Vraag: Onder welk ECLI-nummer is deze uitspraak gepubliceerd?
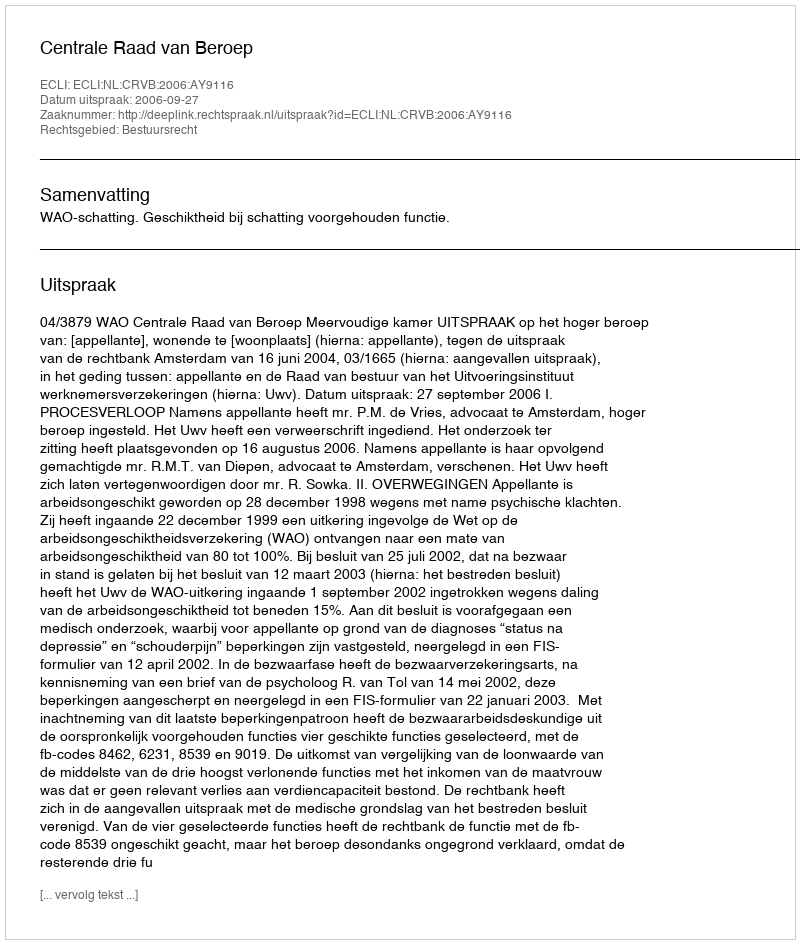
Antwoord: ECLI:NL:CRVB:2006:AY9116